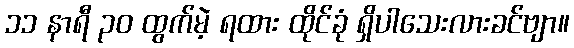
၁၁ နာရီ ၃၀ ထွက်မဲ့ ရထား ထိုင်ခုံ ရှိပါသေးလားခင်ဗျာ။